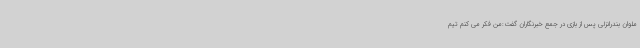
ملوان بندرانزلی پس از بازی در جمع خبرنگاران گفت:من فکر می کنم تیم